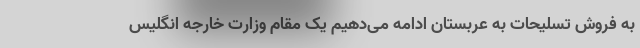
به فروش تسلیحات به عربستان ادامه می‌دهیم یک مقام وزارت خارجه انگلیس